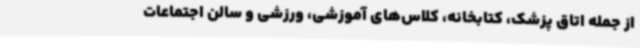
از جمله اتاق پزشک، کتابخانه، کلاس‌های آموزشی، ورزشی و سالن اجتماعات